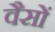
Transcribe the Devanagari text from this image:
वैसों